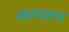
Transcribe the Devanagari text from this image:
कायरूप